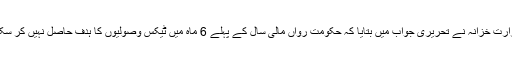
وزارت خزانہ نے تحریری جواب میں بتایا کہ حکومت رواں مالی سال کے پہلے 6 ماہ میں ٹیکس وصولیوں کا ہدف حاصل نہیں کر سکی۔